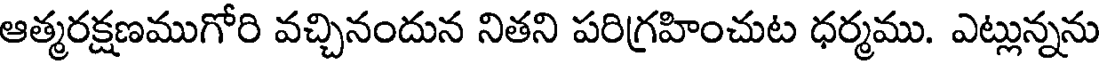
ఆత్మరక్షణముగోరి వచ్చినందున నితని పరిగ్రహించుట ధర్మము. ఎట్లున్నను